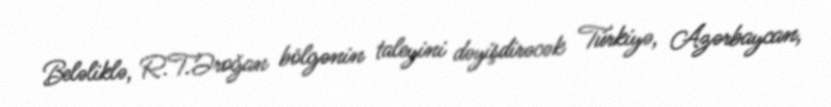
Beləliklə, R.T.Əroğan bölgənin taleyini dəyişdirəcək Türkiyə, Azərbaycan,